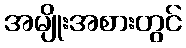
အမျိုးအစားတွင်